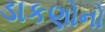
ડાકણોનો